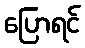
ပြောရင်